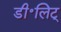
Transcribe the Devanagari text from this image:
डी॰लिट्